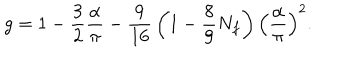
g = 1 - { \frac { 3 } { 2 } } { \frac { \alpha } { \pi } } - { \frac { 9 } { 1 6 } } \left( 1 - { \frac { 8 } { 9 } } N _ { f } \right) \left( { \frac { \alpha } { \pi } } \right) ^ { 2 } .